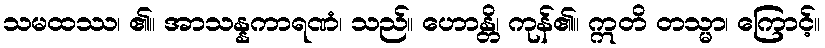
သမထဿ၊ ၏။ အာသန္နကာရဏံ၊ သည်။ ဟောန္တိ၊ ကုန်၏။ ဣတိ တသ္မာ၊ ကြောင့်။